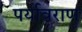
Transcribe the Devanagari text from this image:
पर्यावराण